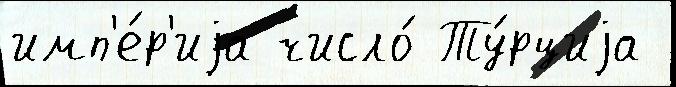
имп'е́р'иjа число́ Ту́рциjа